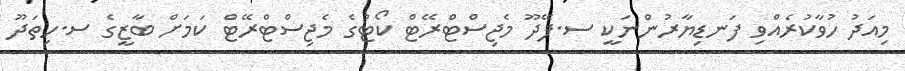
މިއަދު ހުވާކުރެއްވި ފަނޑިޔާރުންނަކީ ސ.ފޭދޫ މެޖިސްޓްރޭޓް ކޯޓުގެ މެޖިސްޓްރޭޓް ކަމަށް ބާޒީގެ ސ.ހިތަދޫ